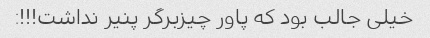
خیلی جالب بود که پاور چیزبرگر پنیر نداشت!!!: